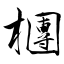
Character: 檲